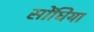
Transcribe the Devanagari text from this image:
सोंधिया